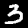
Digit: 3